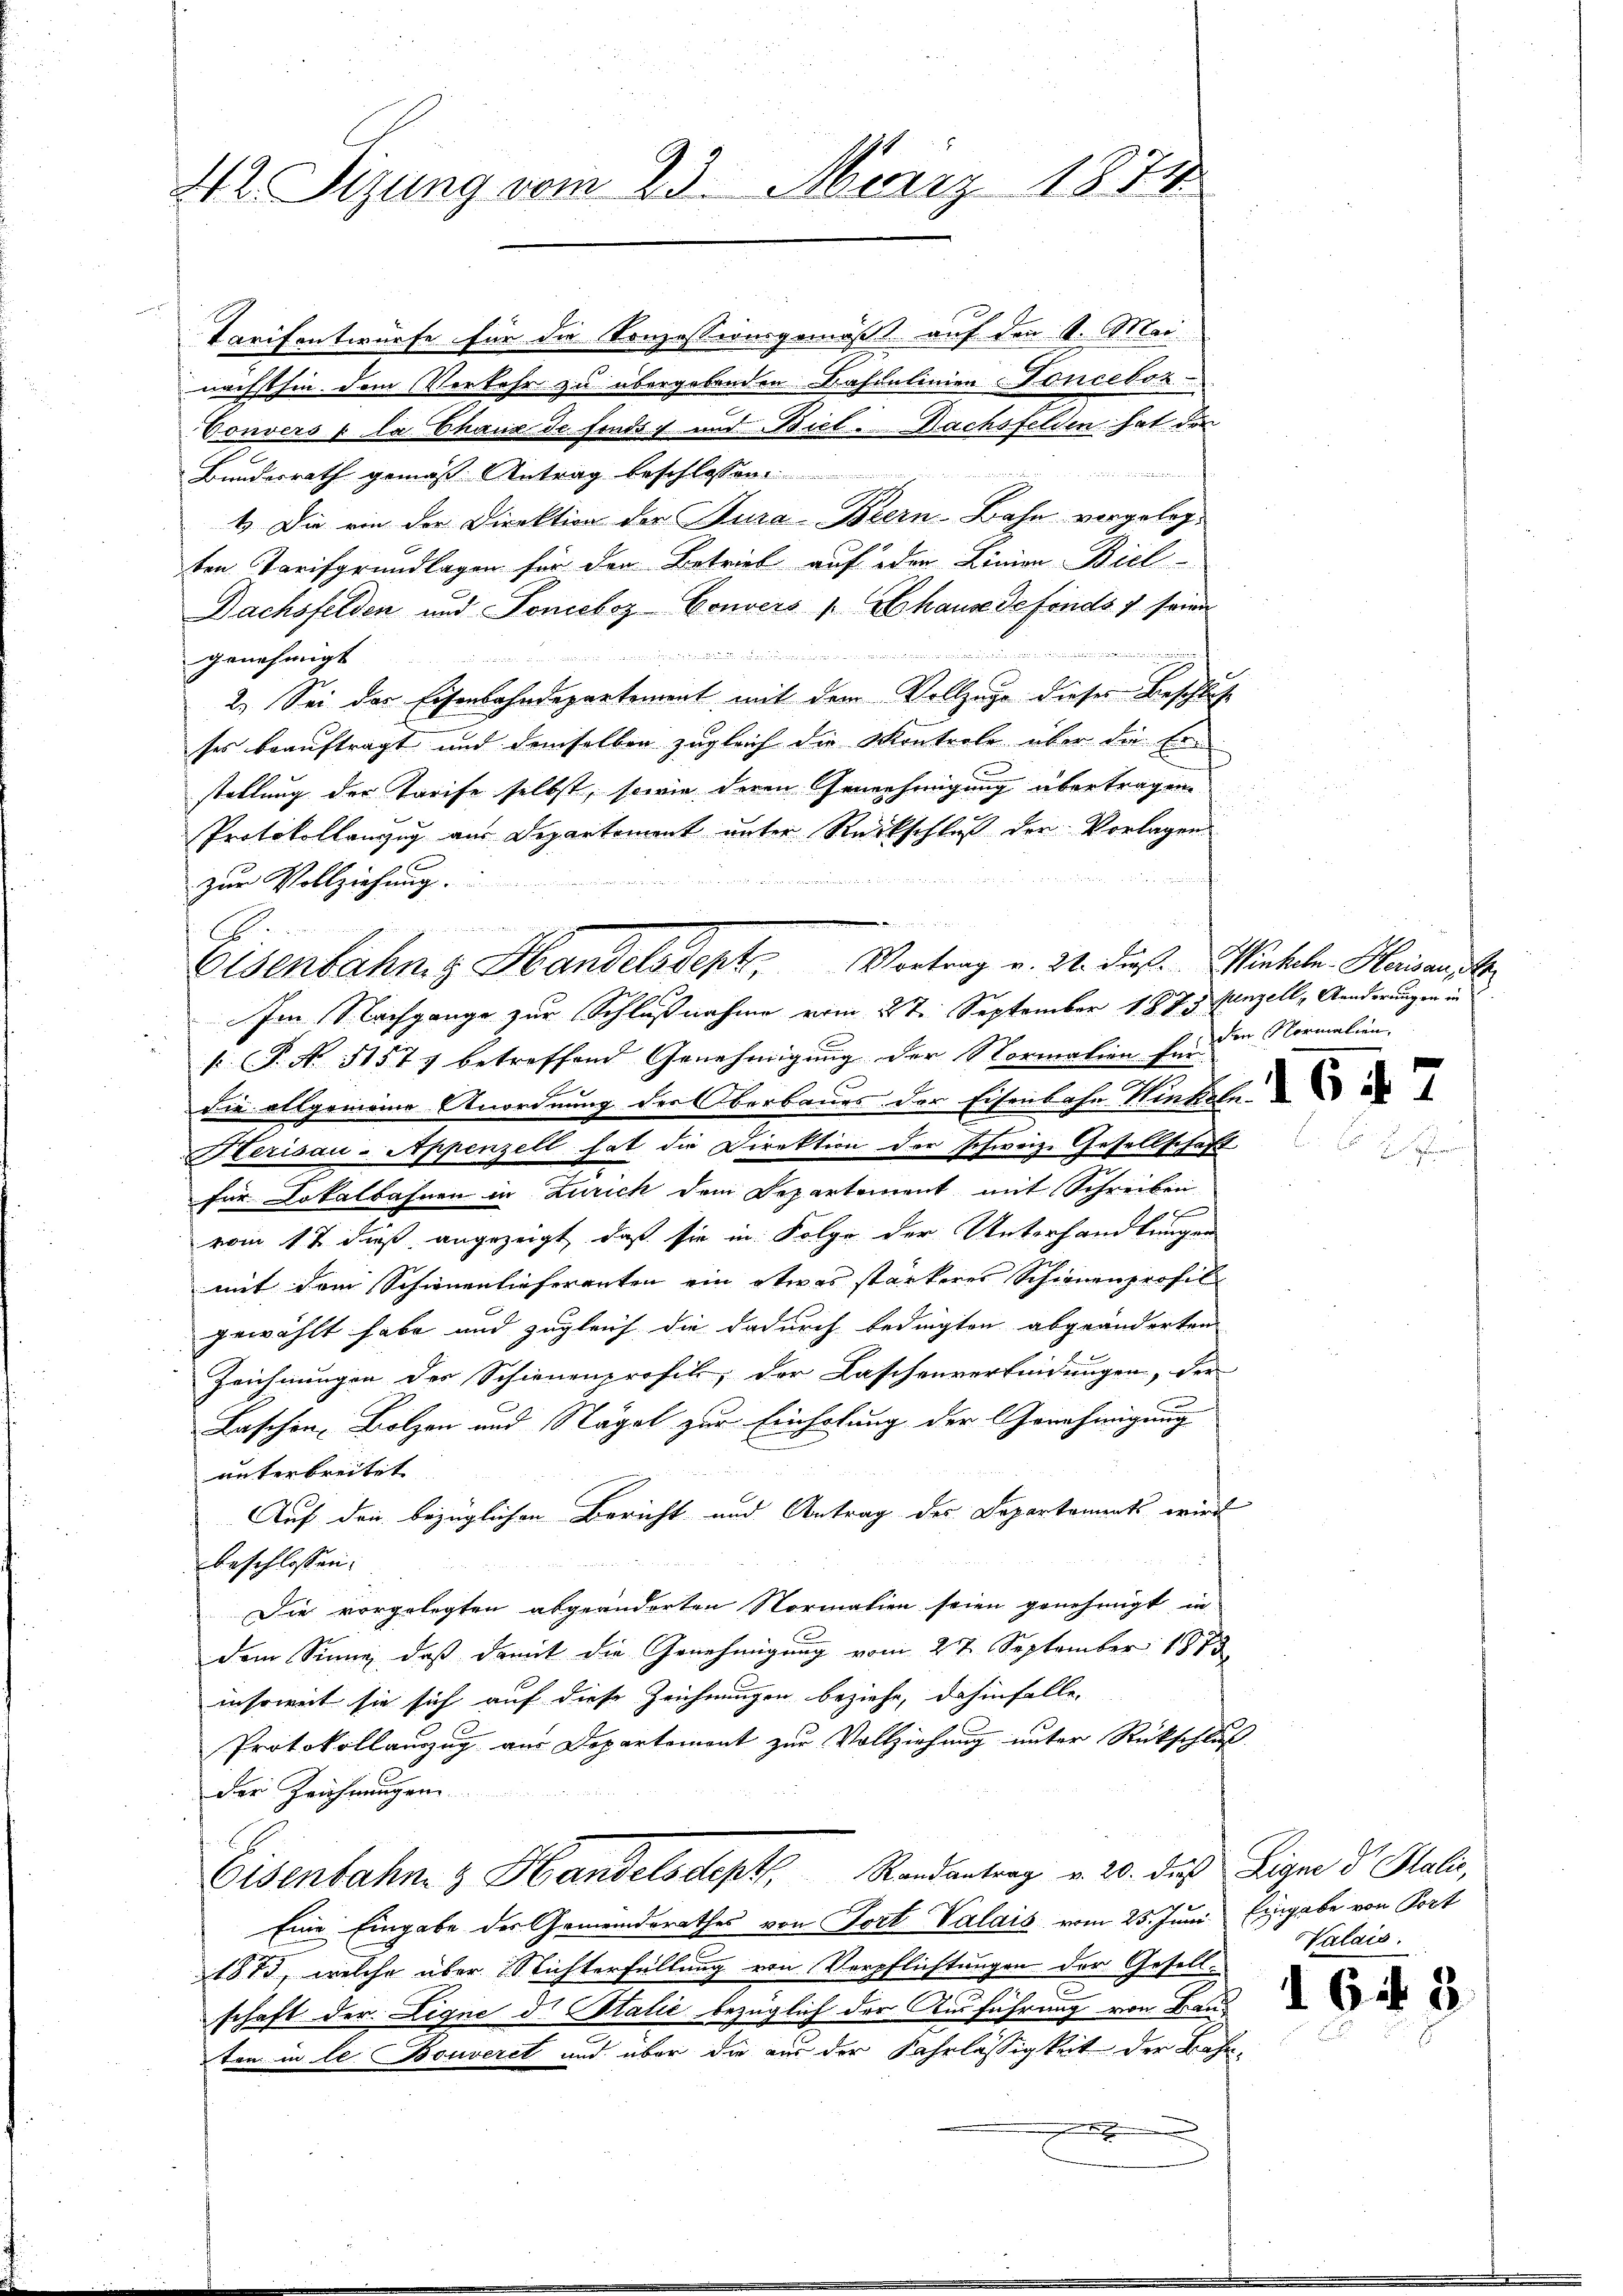
42. Sizung vom 23. März 1874

Tarifentwürfe für die Konzessionsgemäß auf den 1. Mai
nächsthin dem Verkehr zu übergebenden Bahnlinien Fonceboz
Vonvers à la Chaus de fonds und Biel. Nachsfelden hat den
2
Bundesrath gemäß Antrag beschlossen
1.) Die ein der Direktion der Kura-Brern-Bahn vorgelegten Tarifgrundlagen für den Betrieb auf oder Linien Biel-
Dachsfelden und Ponieboz Convers 1. Abhause defonds 7 seine
.
genehmigt.
2.) Sei das Eisenbahndepartement mit dem Vollzuge dieses Beschlus
ses beauftragt und demselben zugleich die Kontrole über die Erstellung der Tarife selbst, sowie deren Genehmigung übertragen.
Protokollanzug aus Departament unter Rückschluß der Vorlagen

e
24 Mit Er
zur Vollziehung

Im Nachgange zur Schlußnahme vom 2te September 1875. Janzell Aenderungen in
 P. Nr. 51573 betreffend Genehmigung der Normation für
Sie allgemeine Anordnung der Oberbaues der Eisenbahn Winkeln.
Herisau-Appenzell hat die Direktion der schweiz. Gesellschaft
für Dokalbahnen in Zürich dem Departement mit Schreiben
G
vom 17 dieß angezeigt, daß sie in Folge der Unterhandlungen
mit dem Schienenlieferanten ein etwas stärkeres Scheinenprofil
gewählt habe und zugleich die dadurch bedingten abgeänderten
Zeichnungen des Schienenerosik, der Kaschenverfindungen, der
Laschen Bolzen und Nägel zur Einholung der Genehmigung
unterbreitet.
Auf den bezüglichen Bericht und Antrag des Departaments wird
beschlossen:
Die vorgelegten abgeänderten Normation seien genehmigt, in
dem Sinne, daß damit die Genehmigung vom 27. September 1873
insoweit sie sich auf diese Zeichnungen beziehe, dahinfalle,
Protokollauzug aus Departement zur Vollziehung unter Rückschluß
der Zeichnungen.
Eisenbahn- & Handelsdept, Randantrag v. 20. des Eigen der Stali,
Eine Eingabe der Gemeindsrathes von Fort Valais vom 25. Juni Eingabe von Port
1875, welche über Nichterfüllung von Verpflichtungen der Gesell-

schaft der Ligne d. Stalić bezüglich der Ausführung von Bauten in le Bouveret und über die aus der Fahrlässigkeit der Bahn¬

Eisenbahng Handelsdept. Vortrag v. 24. dieß. Wertel. Herisante

den Normalien,

2

Nalais.

d 6 f 2